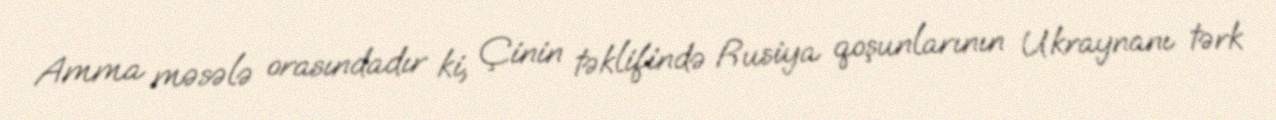
Amma məsələ orasındadır ki, Çinin təklifində Rusiya qoşunlarının Ukraynanı tərk